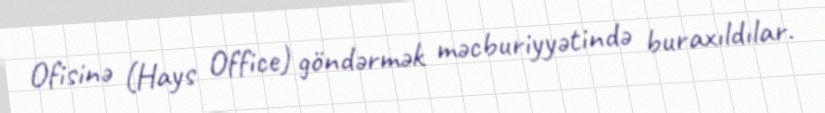
Ofisinə (Hays Office) göndərmək məcburiyyətində buraxıldılar.